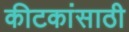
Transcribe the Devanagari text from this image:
कीटकांसाठी